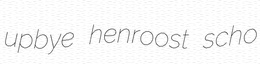
upbye henroost scho